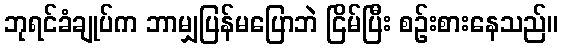
ဘုရင်ခံချုပ်က ဘာမျှပြန်မပြောဘဲ ငြိမ်ပြီး စဉ်းစားနေသည်။